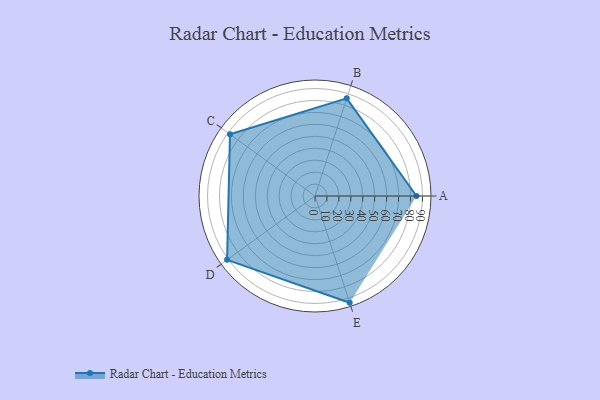
{"axis": {"x": "Skill", "y": "Score"}, "legend": ["Profile"], "data": [{"x": "A", "y": 85.0, "type": "Profile"}, {"x": "B", "y": 86.0, "type": "Profile"}, {"x": "C", "y": 88.0, "type": "Profile"}, {"x": "D", "y": 91.0, "type": "Profile"}, {"x": "E", "y": 94.0, "type": "Profile"}]}